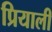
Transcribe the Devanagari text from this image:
प्रियाली